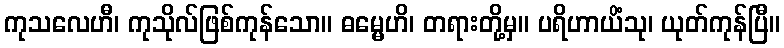
ကုသလေဟီ၊ ကုသိုလ်ဖြစ်ကုန်သော။ ဓမ္မေဟိ၊ တရားတို့မှ။ ပရိဟာယိံသု၊ ယုတ်ကုန်ပြီ။